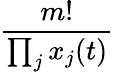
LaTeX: \frac{m!}{\prod_{j}x_{j}(t)}